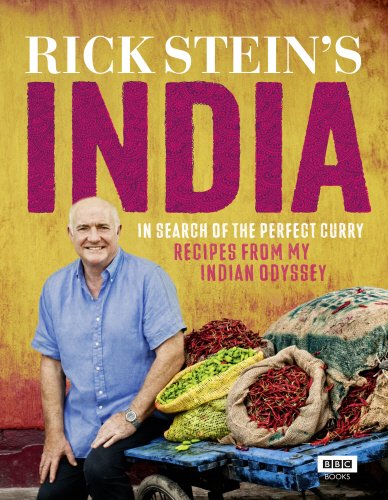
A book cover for Rick Stein's India: In Search of the Perfect Curry: Recipes from My Indian Odyssey; Rick Stein; Cookbooks, Food & Wine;